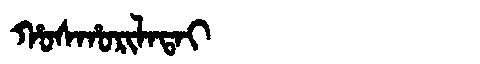
Manchu: ᡥᠣᠰᡥᠣᡵᡳᠯᠠᡨᠠᡳ
Romanization: HOSHORILATAI